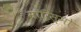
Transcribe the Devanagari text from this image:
मॉरिस्मो